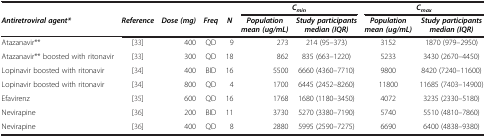
|  |  |  |  |  | <COLSPAN=2> Cmin | <COLSPAN=2> Cmax |
 | Antiretroviral agent* | Reference | Dose (mg) | Freq | N | Population mean (ug/mL) | Study participants median (IQR) | Population mean (ug/mL) | Study participants median (IQR) |
 | --- | --- | --- | --- | --- | --- | --- | --- | --- |
 | Atazanavir** | [33] | 400 | QD | 9 | 273 | 214 (95–373) | 3152 | 1870 (979–2950) |
 | Atazanavir** boosted with ritonavir | [33] | 300 | QD | 18 | 862 | 835 (663–1220) | 5233 | 3430 (2670–4450) |
 | Lopinavir boosted with ritonavir | [34] | 400 | BID | 16 | 5500 | 6660 (4360–7710) | 9800 | 8420 (7240–11600) |
 | Lopinavir boosted with ritonavir | [34] | 800 | QD | 4 | 1700 | 6445 (2452–8260) | 11800 | 11685 (7403–14900) |
 | Efavirenz | [35] | 600 | QD | 16 | 1768 | 1680 (1180–3450) | 4072 | 3235 (2330–5180) |
 | Nevirapine | [36] | 200 | BID | 11 | 3730 | 5270 (3380–7190) | 5740 | 5510 (4810–7860) |
 | Nevirapine | [36] | 400 | QD | 8 | 2880 | 5995 (2590–7275) | 6690 | 6400 (4838–9380) |